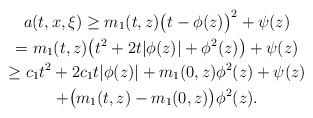
\begin{gather*}a(t, x, \xi)\geq m_1(t, z)\big(t-\phi(z)\big)^2+\psi(z)\\=m_1(t, z)\big(t^2+2t|\phi(z)|+\phi^2(z)\big)+\psi(z)\\\geq c_1t^2+2c_1t|\phi(z)|+m_1(0, z)\phi^2(z)+\psi(z)\\+\big(m_1(t, z)-m_1(0, z)\big)\phi^2(z).\end{gather*}